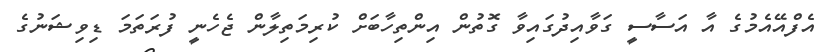
އެފްއޭއެމުގެ އާ އަސާސީ ގަވާއިދުގައިވާ ގޮތުން އިންތިހާބަށް ކުރިމަތިލާން ޖެހެނީ ފުރަތަމަ ޑިވިޝަނުގެ